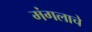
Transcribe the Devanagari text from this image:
मंगलाचे